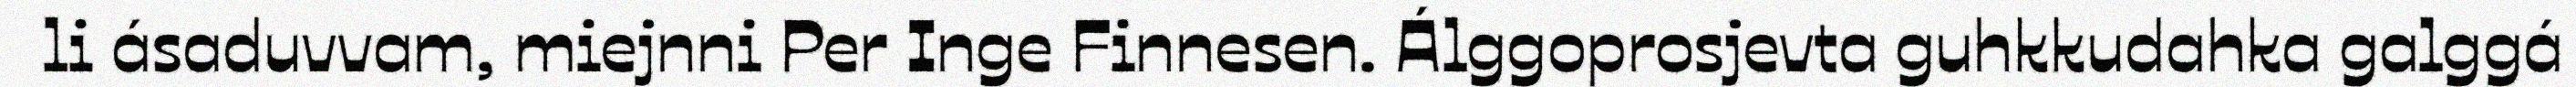
li ásaduvvam, miejnni Per Inge Finnesen. Álggoprosjevta guhkkudahka galggá